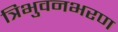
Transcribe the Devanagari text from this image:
त्रिभुवनभरण